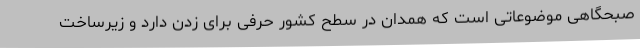
صبحگاهی موضوعاتی است که همدان در سطح کشور حرفی برای زدن دارد و زیرساخت